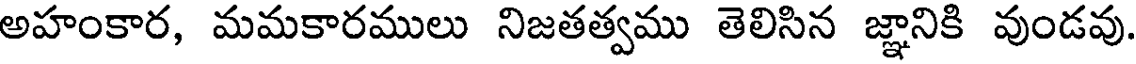
అహంకార, మమకారములు నిజతత్వము తెలిసిన జ్ఞానికి వుండవు